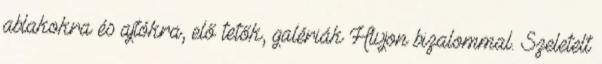
ablakokra és ajtókra, elő tetők, galériák Hívjon bizalommal. Szeletelt